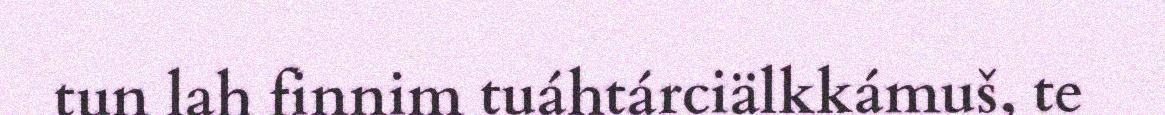
tun lah finnim tuáhtárciälkkámuš, te